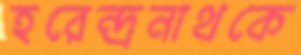
হরেন্দ্রনাথকে